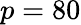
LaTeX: p=80